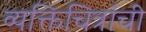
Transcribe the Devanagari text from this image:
व्यक्तिचित्रांची